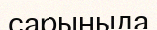
сарыныда